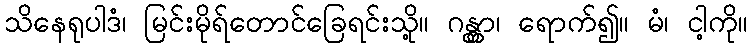
သိနေရုပါဒံ၊ မြင်းမိုရ်တောင်ခြေရင်းသို့။ ဂန္တွာ၊ ရောက်၍။ မံ၊ ငါ့ကို။